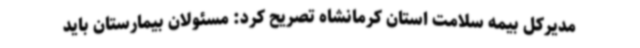
مدیرکل بیمه سلامت استان کرمانشاه تصریح کرد: مسئولان بیمارستان باید